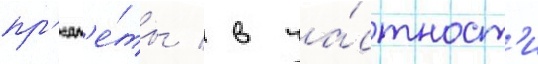
пр'едм'е́ты / в ча́стност'и